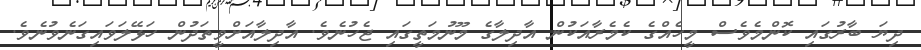
ދިޔަ ބާރުގައި ކޮންމެވެސް މީހެއްގެ ކެމެރާއަކުން އާދިލާގެ މޫނުމަތީގައި ޖެހުނެވެ. އާދިލާއަށްވީތަދުން ހަޅޭލަވައިގަނެވުނެވެ.